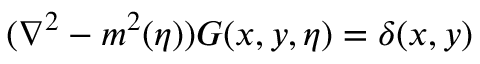
( { \nabla } ^ { 2 } - m ^ { 2 } ( \eta ) ) G ( x , y , \eta ) = \delta ( x , y )